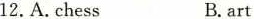
12.A.Chess B.art